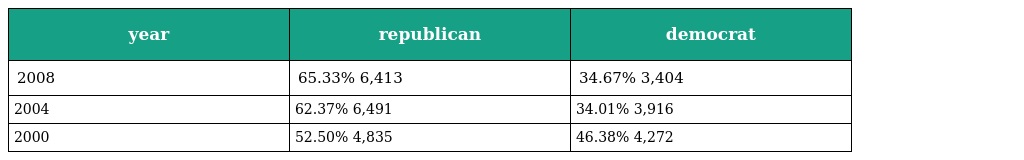
| year | republican | democrat |
 | --- | --- | --- |
 | 2008 | 65.33% 6,413 | 34.67% 3,404 |
 | 2004 | 62.37% 6,491 | 34.01% 3,916 |
 | 2000 | 52.50% 4,835 | 46.38% 4,272 |